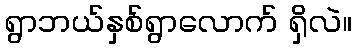
ရွာဘယ်နှစ်ရွာလောက် ရှိလဲ။